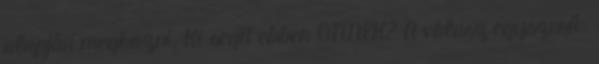
alapján meghozni. Ki segít ebben ÖNNEK? A válasz egyszerű: